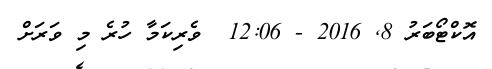
އޮކްޓޯބަރު 8